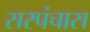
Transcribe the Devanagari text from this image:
सरपंचास